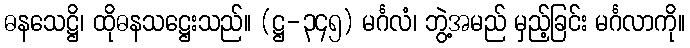
ဓနသေဋ္ဌိ၊ ထိုဓနသဋ္ဌေးသည်။ (ဋ္ဌ-၃၄၅) မင်္ဂလံ၊ ဘွဲ့အမည် မှည့်ခြင်း မင်္ဂလာကို။